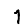
Digit: 1